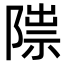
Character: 𨻍